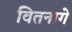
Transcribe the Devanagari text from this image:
वितनागे